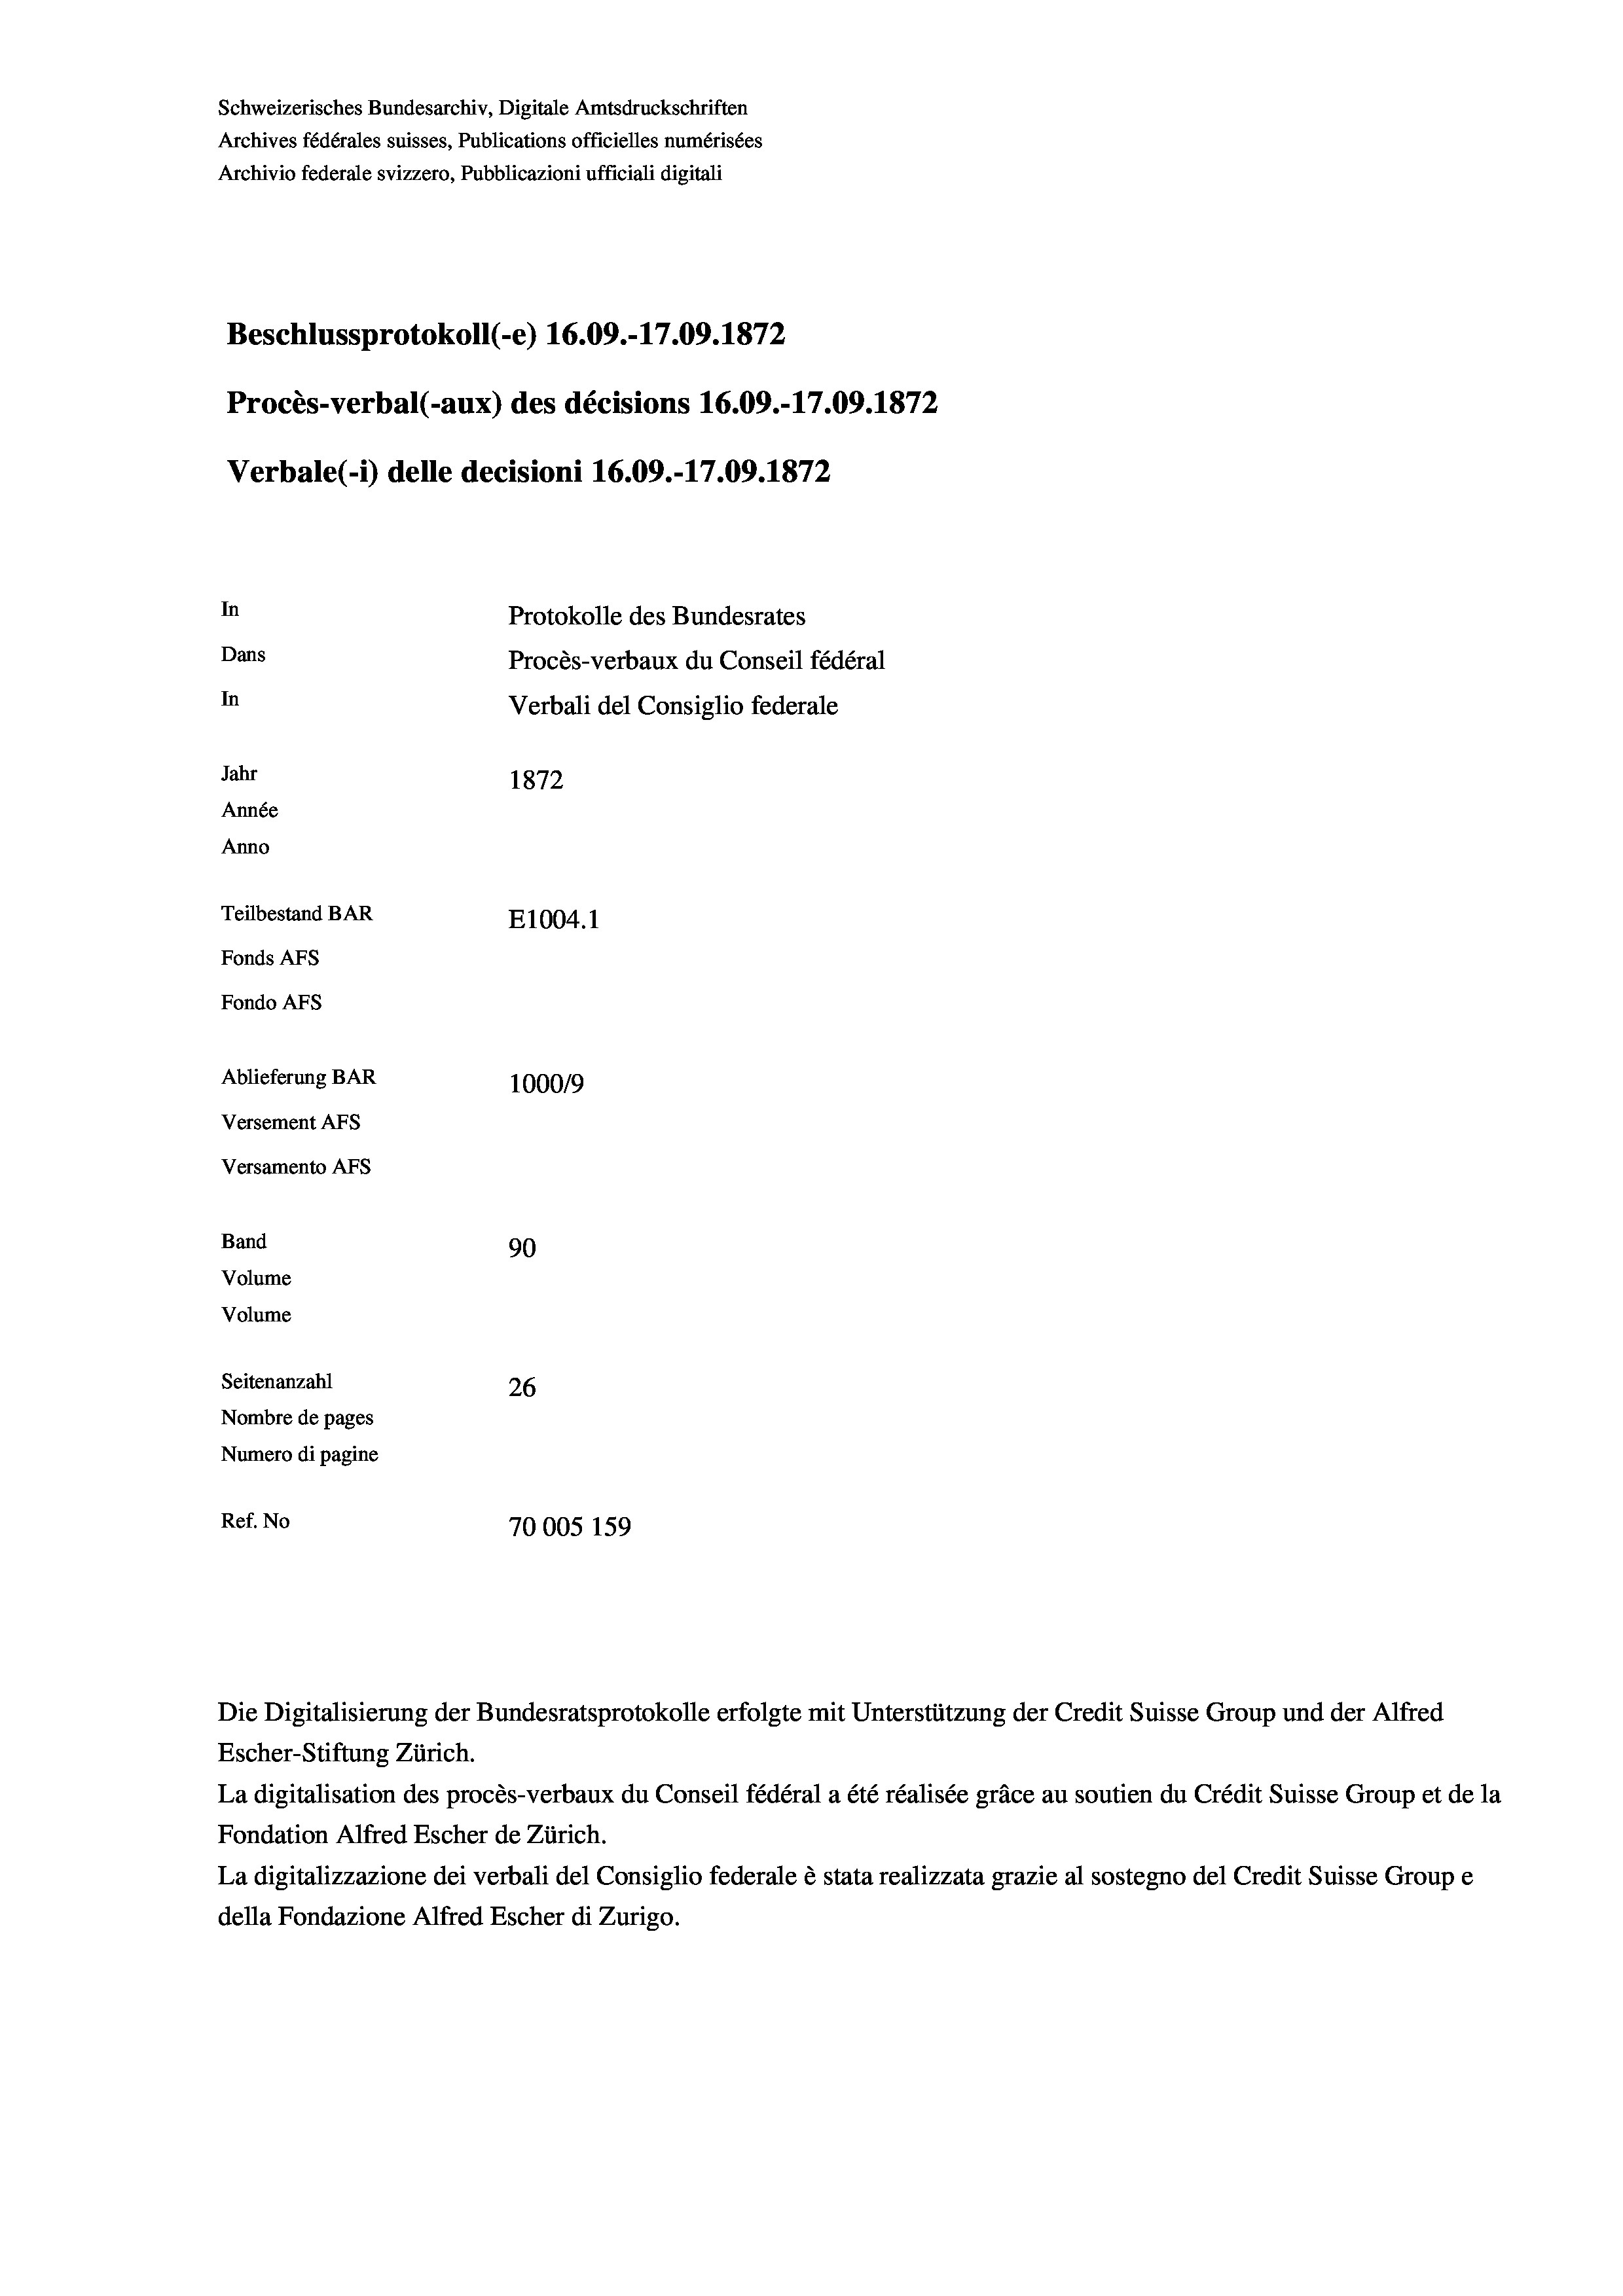
Schweizerisches Bundesarchiv, Digitale Amtsdruckschriften
Archives fédérales suisses, Publications officielles numérisées
Archivio federale svizzero, Pubblicazioni ufficiali digitali
Beschlussprotokoll (-e) 16.09.-17.09. 1872
Procès-verbal (-aux) des décisions 16.09.-17.09. 1872
Verbale(*) delle decisioni 16.09.-17.09. 1872
In
Protokolle des Bundesrates
Dans
Procès-verbaux du Conseil fédéral
In
Verbali del Consiglio federale
Jahr
1872
Année
Anno
Teilbestand BAR
E1004. 1
Fonds AFs
Fondo AFS
Ablieferung BAR
100019
Versement AFs
Versamento AFs
Band
90
Volume
Volume
Seitenanzahl
26
Nombre de pages
Numero di pagine
Ref. No
70005 159

Escher-Stiftung Zürich.
La digitalisation des procès-verbaux du Conseil fédéral a été réalisée gräce au soutien du Crédit Suisse Group et de la
Fondation Alfred Escher de Zürich.
La digitalizzazione dei verbali del Consiglio federale è stata realizzata grazie al sostegno del Credit Suisse Groupe
della Fondazione Alfred Escher di Zurigo.

Die Digitalisierung der Bundesratsprotokolle erfolgte mit Unterstützung der Credit Suisse Group und der Alfred